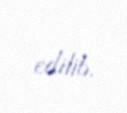
edilib.